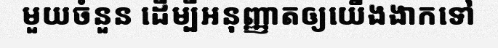
មួយចំនួន ដើម្បីអនុញ្ញាតឲ្យយើងងាកទៅ